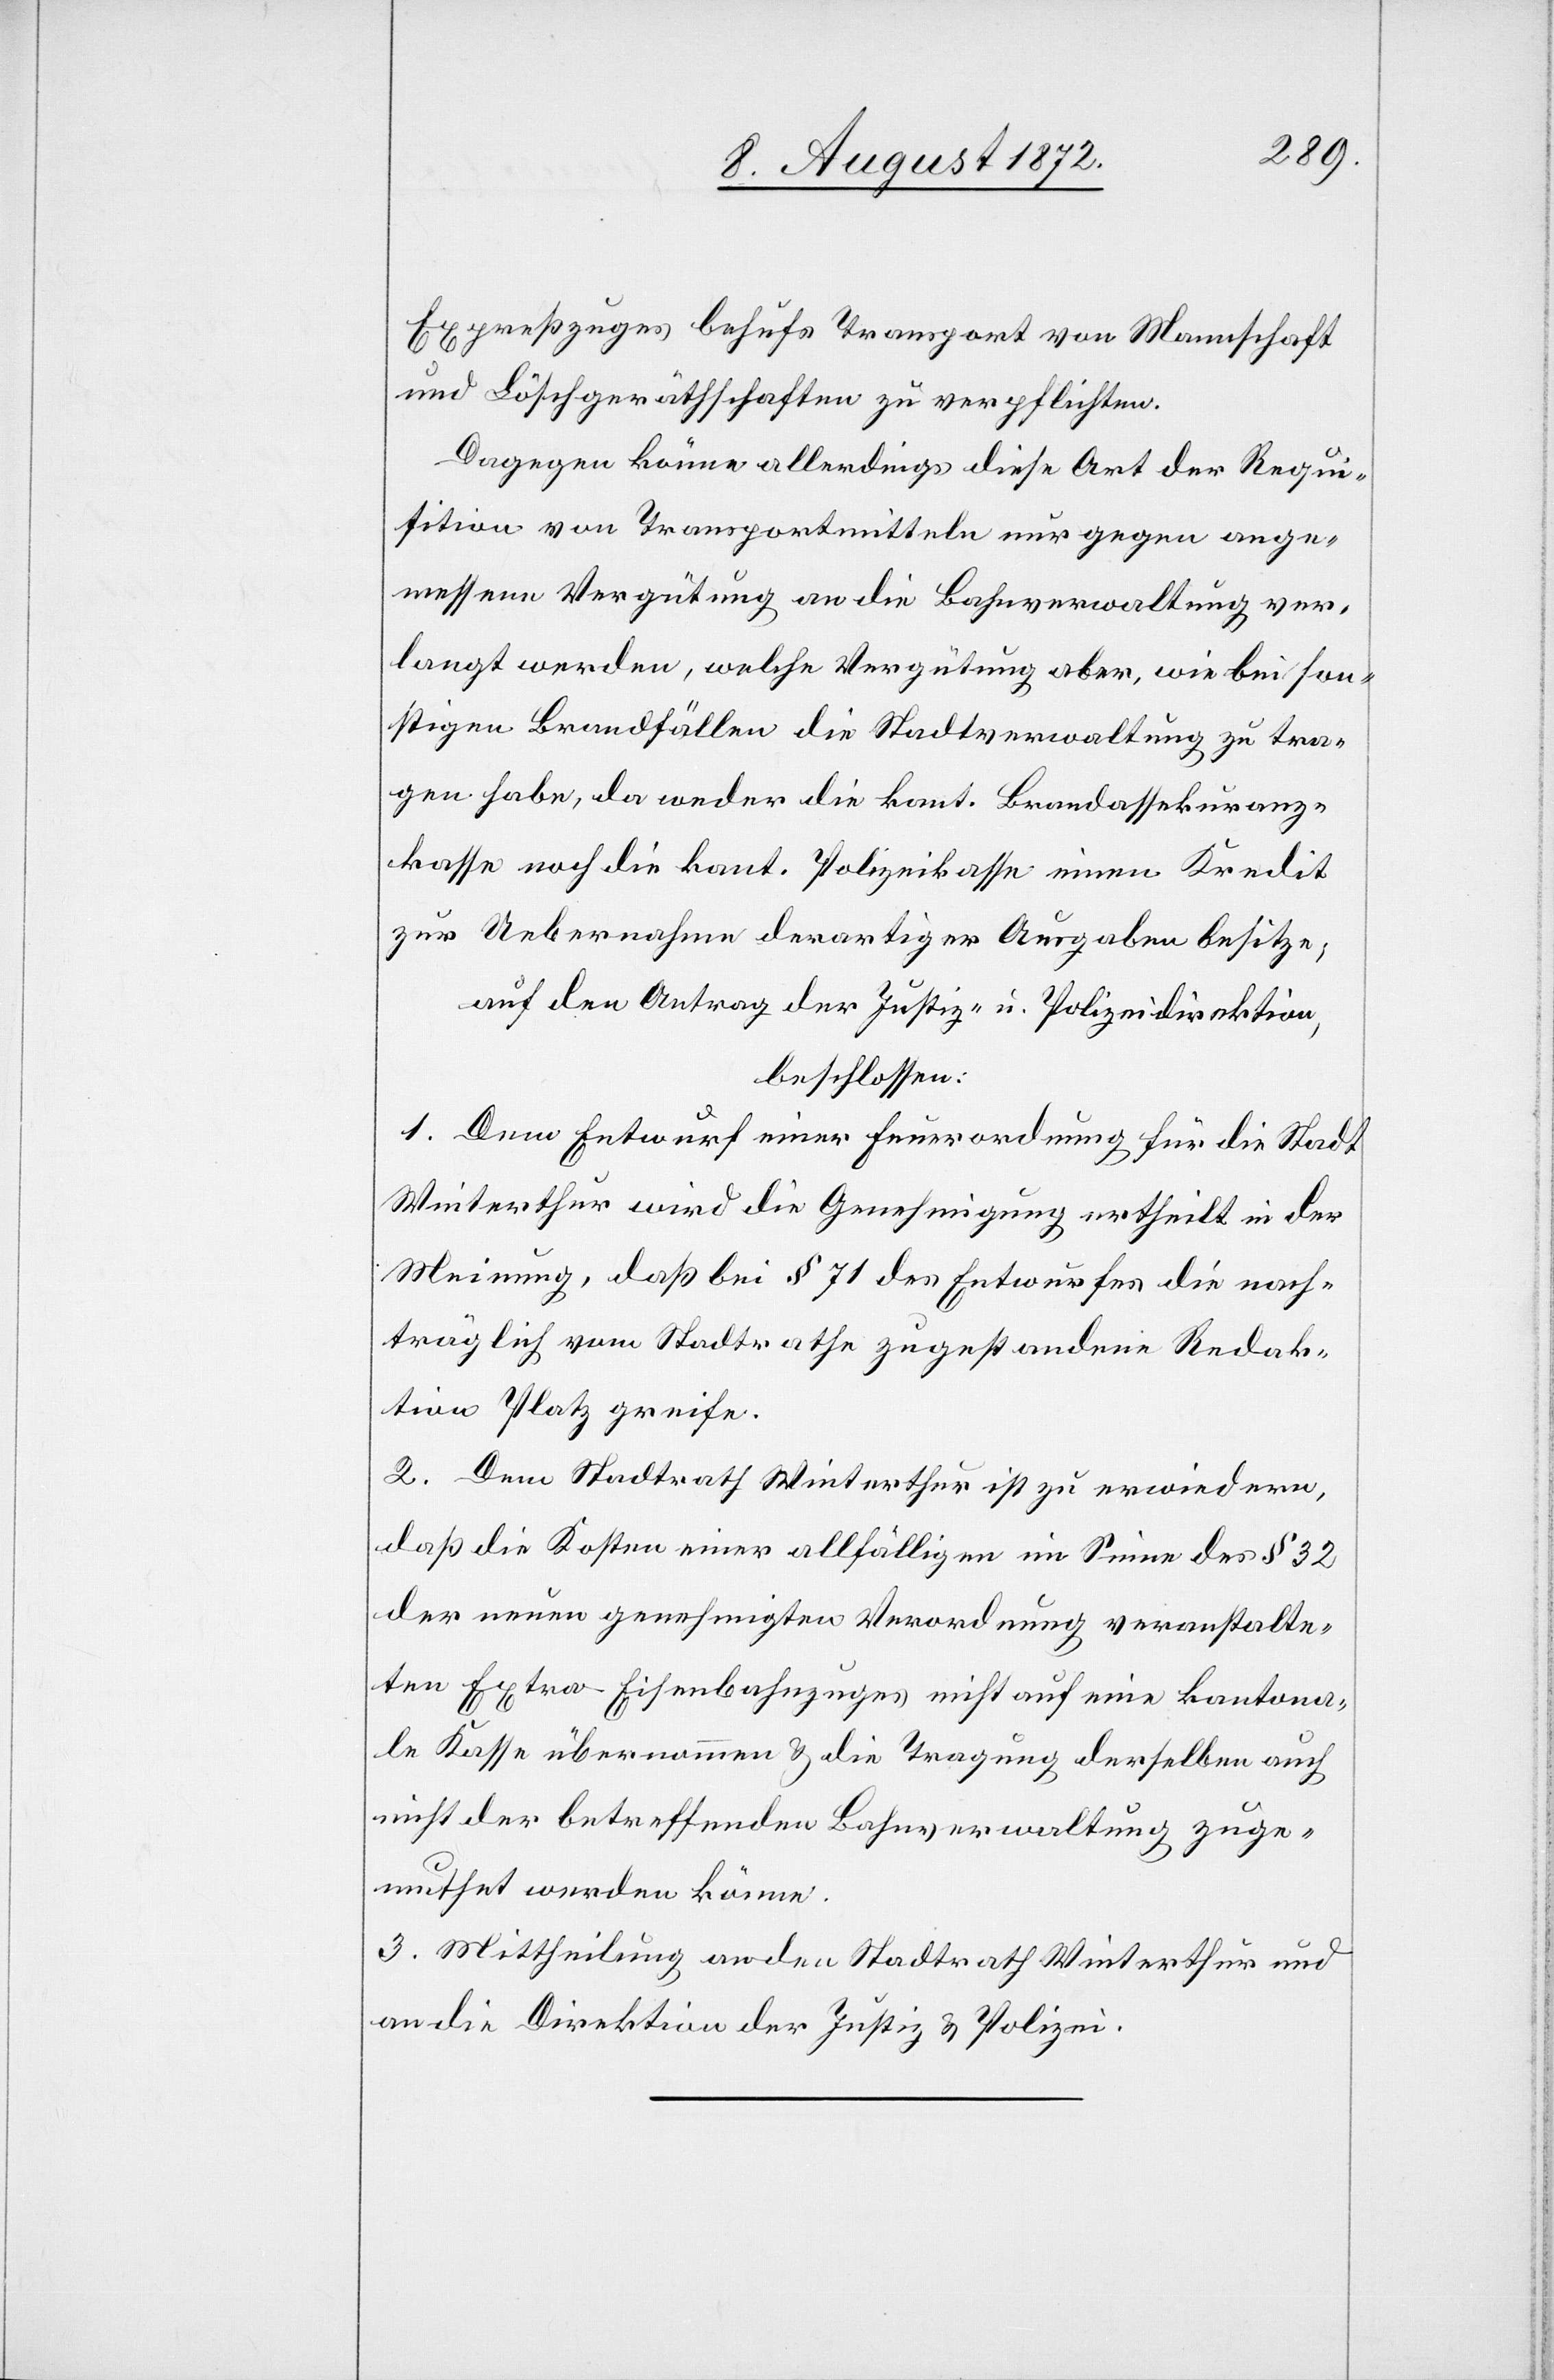
Expreßzuges behufs Transport von Mannschaft
und Löschgeräthschaften zu verpflichten.
Dagegen könne allerdings diese Art der Requi¬
sition von Transportmitteln nur gegen ange¬
messene Vergütung an die Bahnverwaltung ver¬
langt werden, welche Vergütung aber, wie bei son¬
stigen Brandfällen die Stadtverwaltung zu tra¬
gen habe, da weder die kant. Brandassekuranz¬
kasse noch die kant. Polizeikasse einen Kredit
zur Uebernahme derartiger Ausgaben besitze;
auf den Antrag der Justiz- u. Polizeidirektion,
beschlossen:
1. Dem Entwurf einer Feuerordnung für die Stadt
Winterthur wird die Genehmigung ertheilt in der
Meinung, daß bei § 71 des Entwurfes die nach¬
träglich vom Stadtrathe zugestandene Redak¬
tion Platz greife.
2. Dem Stadtrath Winterthur ist zu erwiedern,
daß die Kosten einer allfälligen im Sinne des § 32
der neuen genehmigten Verordnung veranstalt¬
en Extra-Eisenbahnzuges nicht auf eine kantona¬
le Kasse übernommen u. die Tragung derselben auch
nicht der betreffenden Bahnverwaltung zuge¬
muthet werden könne.
3. Mittheilung an den Stadtrath Winterthur und
an die Direktion der Justiz u. Polizei.